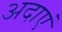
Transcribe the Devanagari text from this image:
अदाएं